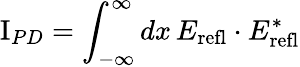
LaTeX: \mathrm{I}_{PD}=\int_{-\infty}^{\infty}dx\, E_{\mathrm{refl}}\cdot E_{\mathrm{refl}}^{*}